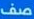
صف